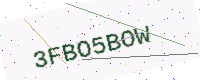
Text: 3FBO5BOW